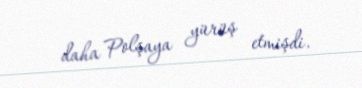
daha Polşaya yürüş etmişdi.